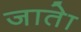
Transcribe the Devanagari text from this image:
जातेा